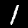
Digit: 1